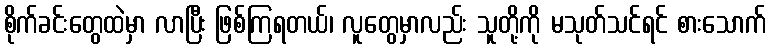
စိုက်ခင်းတွေထဲမှာ လာပြီး ဖြစ်ကြရတယ်၊ လူတွေမှာလည်း သူတို့ကို မသုတ်သင်ရင် စားသောက်